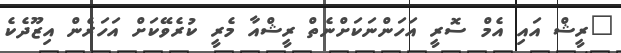
"ރީޝް އައި އެމް ސޮރީ އަހަންނަކަށްނެތް ރީޝްއާ މެރީ ކުރެވޭކަށް އަހަރެން އިޒޫދެކެ